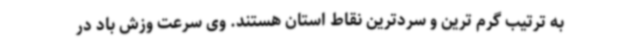
به ترتیب گرم ترین و سردترین نقاط استان هستند. وی سرعت وزش باد در